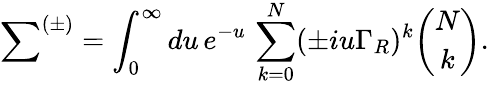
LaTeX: {\sum}^{(\pm)}=\int_{0}^{\infty}du\, e^{-u}\, \sum_{k=0}^{N}(\pm iu\Gamma_{R})^{k}{\binom{N}{k}}.